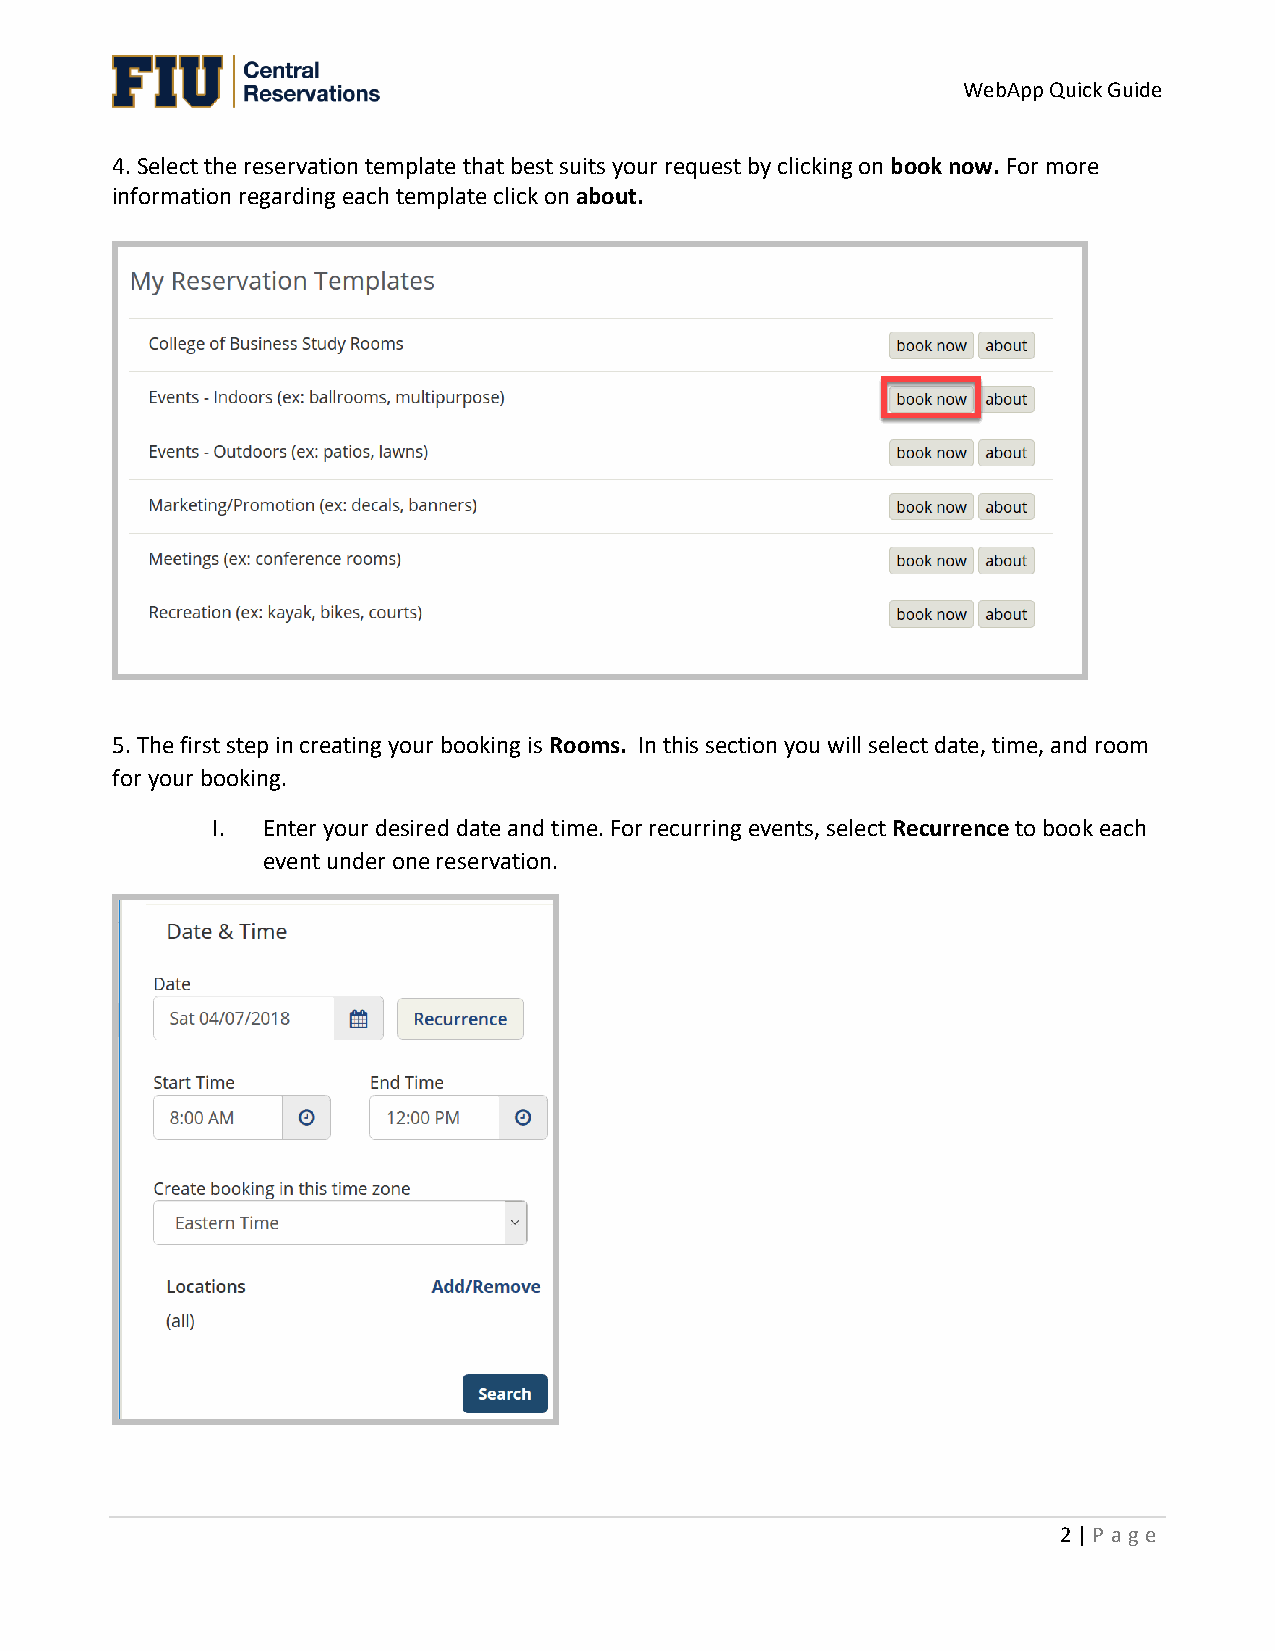
WebApp Quick Guide
 4. Select the reservation template that best suits your request by clicking on book now. For more
 information regarding each template click on about.
 5. The first step in creating your booking is Rooms. In this section you will select date, time, and room
 for your booking.
 I. Enter your desired date and time. For recurring events, select Recurrence to book each
 event under one reservation.
 2 | P a ge